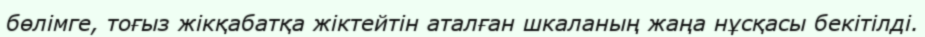
бөлімге, тоғыз жікқабатқа жіктейтін аталған шкаланың жаңа нұсқасы бекітілді.